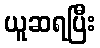
ယူဆရပြီး